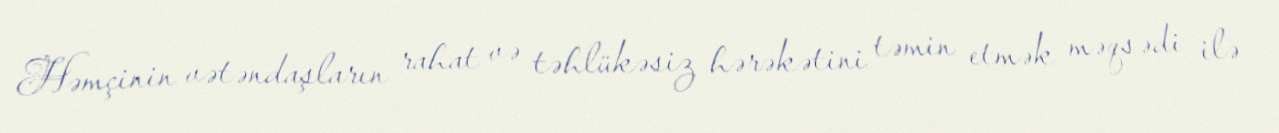
Həmçinin vətəndaşların rahat və təhlükəsiz hərəkətini təmin etmək məqsədi ilə